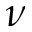
\nu